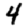
Digit: 4